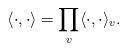
LaTeX: \begin{align*}\langle \cdot, \cdot \rangle = \prod_v \langle \cdot, \cdot \rangle_v. \end{align*}